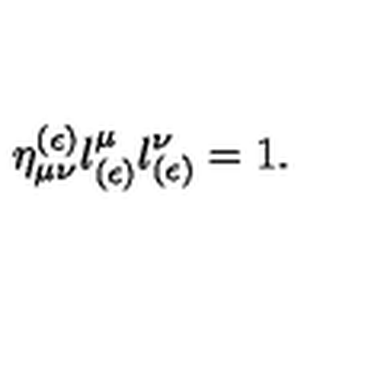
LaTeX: \eta _ { \mu \nu } ^ { ( \epsilon ) } l _ { ( \epsilon ) } ^ { \mu } l _ { ( \epsilon ) } ^ { \nu } = 1 .